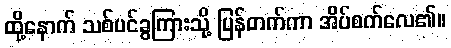
ထို့နောက် သစ်ပင်ခွကြားသို့ ပြန်တက်ကာ အိပ်စက်လေ၏။